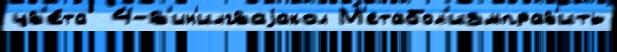
цв'е́та  4-в'ин'илгваjакол М'етабол'измправ'ить